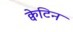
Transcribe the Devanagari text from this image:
क्वेटिन